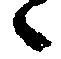
候